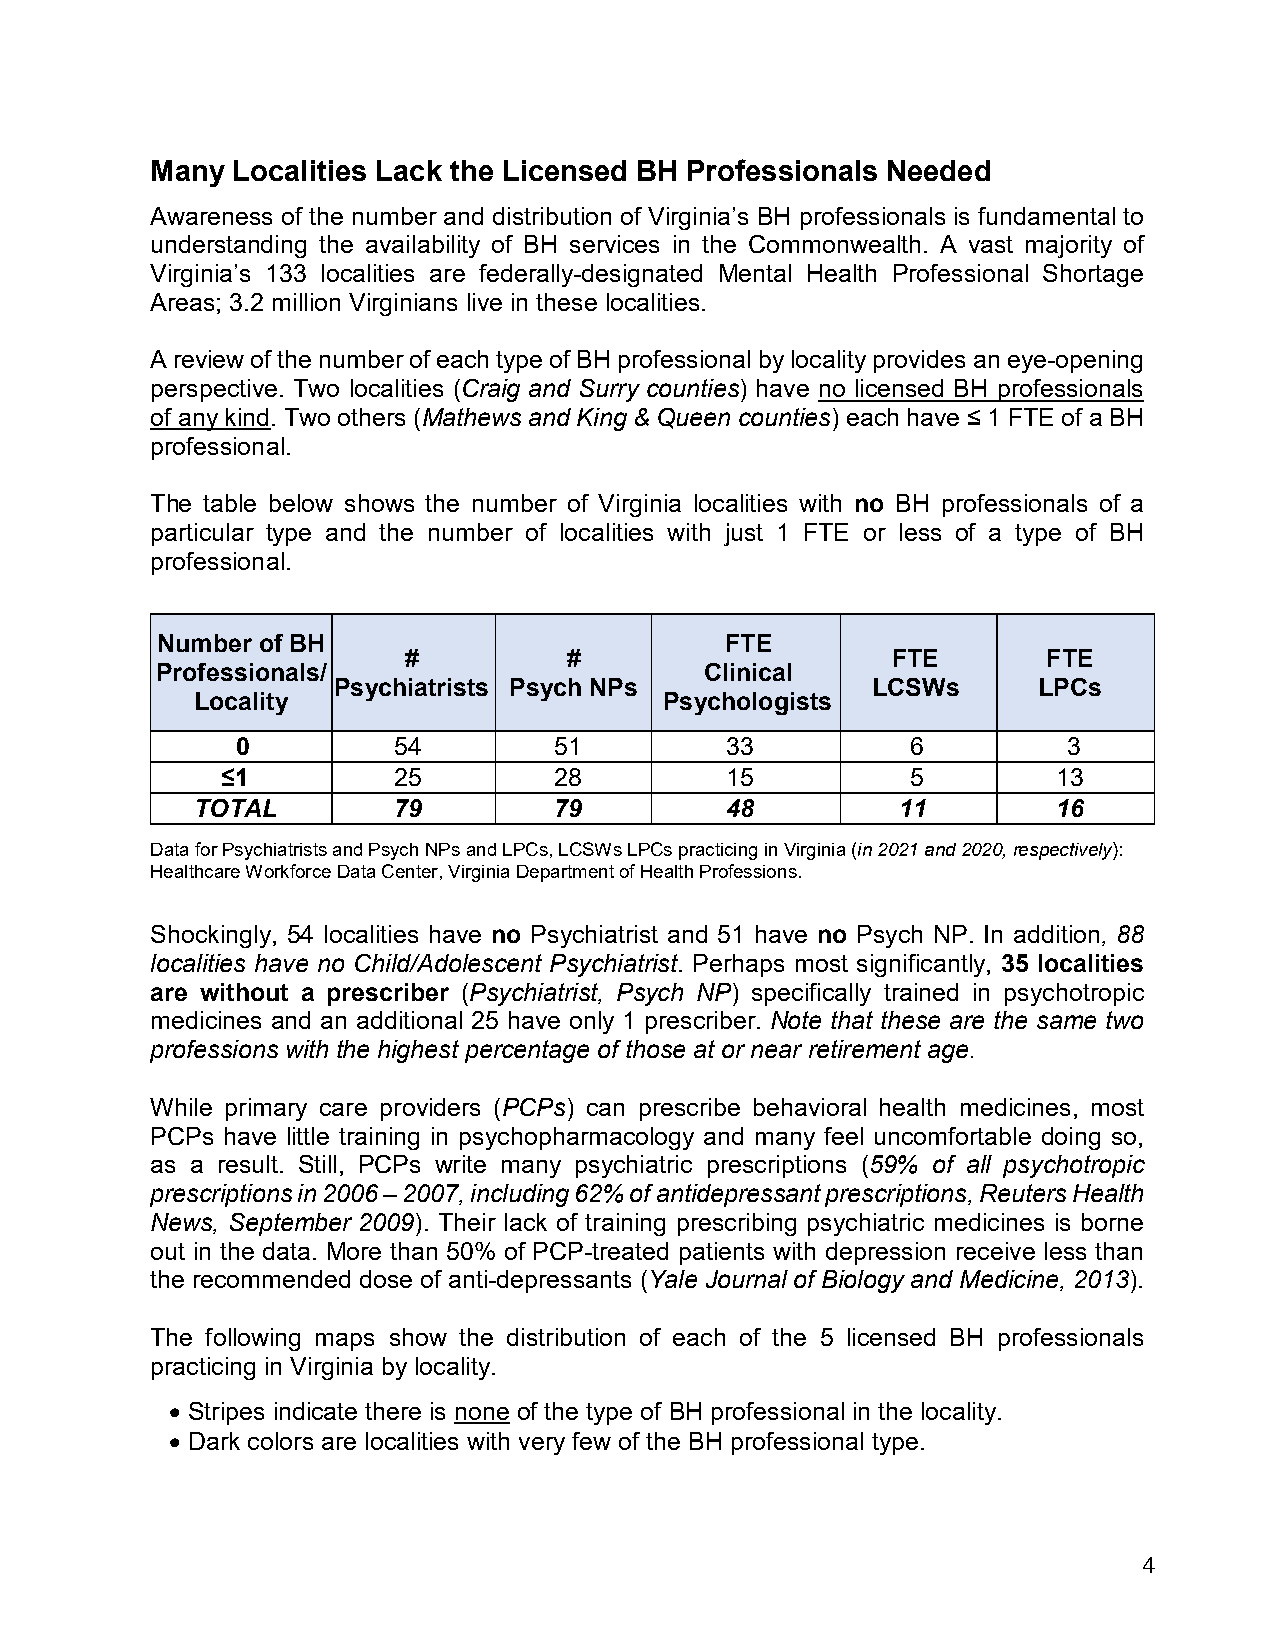
Many Localities Lack the Licensed BH Professionals Needed
 Awareness of the number and distribution of Virginia’s BH professionals is fundamental to
 understanding the availability of BH services in the Commonwealth. A vast majority of
 Virginia’s 133 localities are federally-designated Mental Health Professional Shortage
 Areas; 3.2 million Virginians live in these localities.
 A review of the number of each type of BH professional by locality provides an eye-opening
 perspective. Two localities (Craig and Surry counties) have no licensed BH professionals
 of any kind. Two others (Mathews and King & Queen counties) each have ≤ 1 FTE of a BH
 professional.
 The table below shows the number of Virginia localities with no BH professionals of a
 particular type and the number of localities with just 1 FTE or less of a type of BH
 professional.
 Number of BH                          FTE
 #          #                    FTE       FTE
 Professionals/                       Clinical
 Psychiatrists Psych NPs             LCSWs      LPCs
 Locality                       Psychologists
 0         54         51         33          6          3
 ≤1         25         28         15          5         13
 TOTAL        79         79         48          11        16
 Data for Psychiatrists and Psych NPs and LPCs, LCSWs LPCs practicing in Virginia (in 2021 and 2020, respectively):
 Healthcare Workforce Data Center, Virginia Department of Health Professions.
 Shockingly, 54 localities have no Psychiatrist and 51 have no Psych NP. In addition, 88
 localities have no Child/Adolescent Psychiatrist. Perhaps most significantly, 35 localities
 are without a prescriber (Psychiatrist, Psych NP) specifically trained in psychotropic
 medicines and an additional 25 have only 1 prescriber. Note that these are the same two
 professions with the highest percentage of those at or near retirement age.
 While primary care providers (PCPs) can prescribe behavioral health medicines, most
 PCPs have little training in psychopharmacology and many feel uncomfortable doing so,
 as a result. Still, PCPs write many psychiatric prescriptions (59% of all psychotropic
 prescriptions in 2006 – 2007, including 62% of antidepressant prescriptions, Reuters Health
 News, September 2009). Their lack of training prescribing psychiatric medicines is borne
 out in the data. More than 50% of PCP-treated patients with depression receive less than
 the recommended dose of anti-depressants (Yale Journal of Biology and Medicine, 2013).
 The following maps show the distribution of each of the 5 licensed BH professionals
 practicing in Virginia by locality.
 • Stripes indicate there is none of the type of BH professional in the locality.
 • Dark colors are localities with very few of the BH professional type.
 4